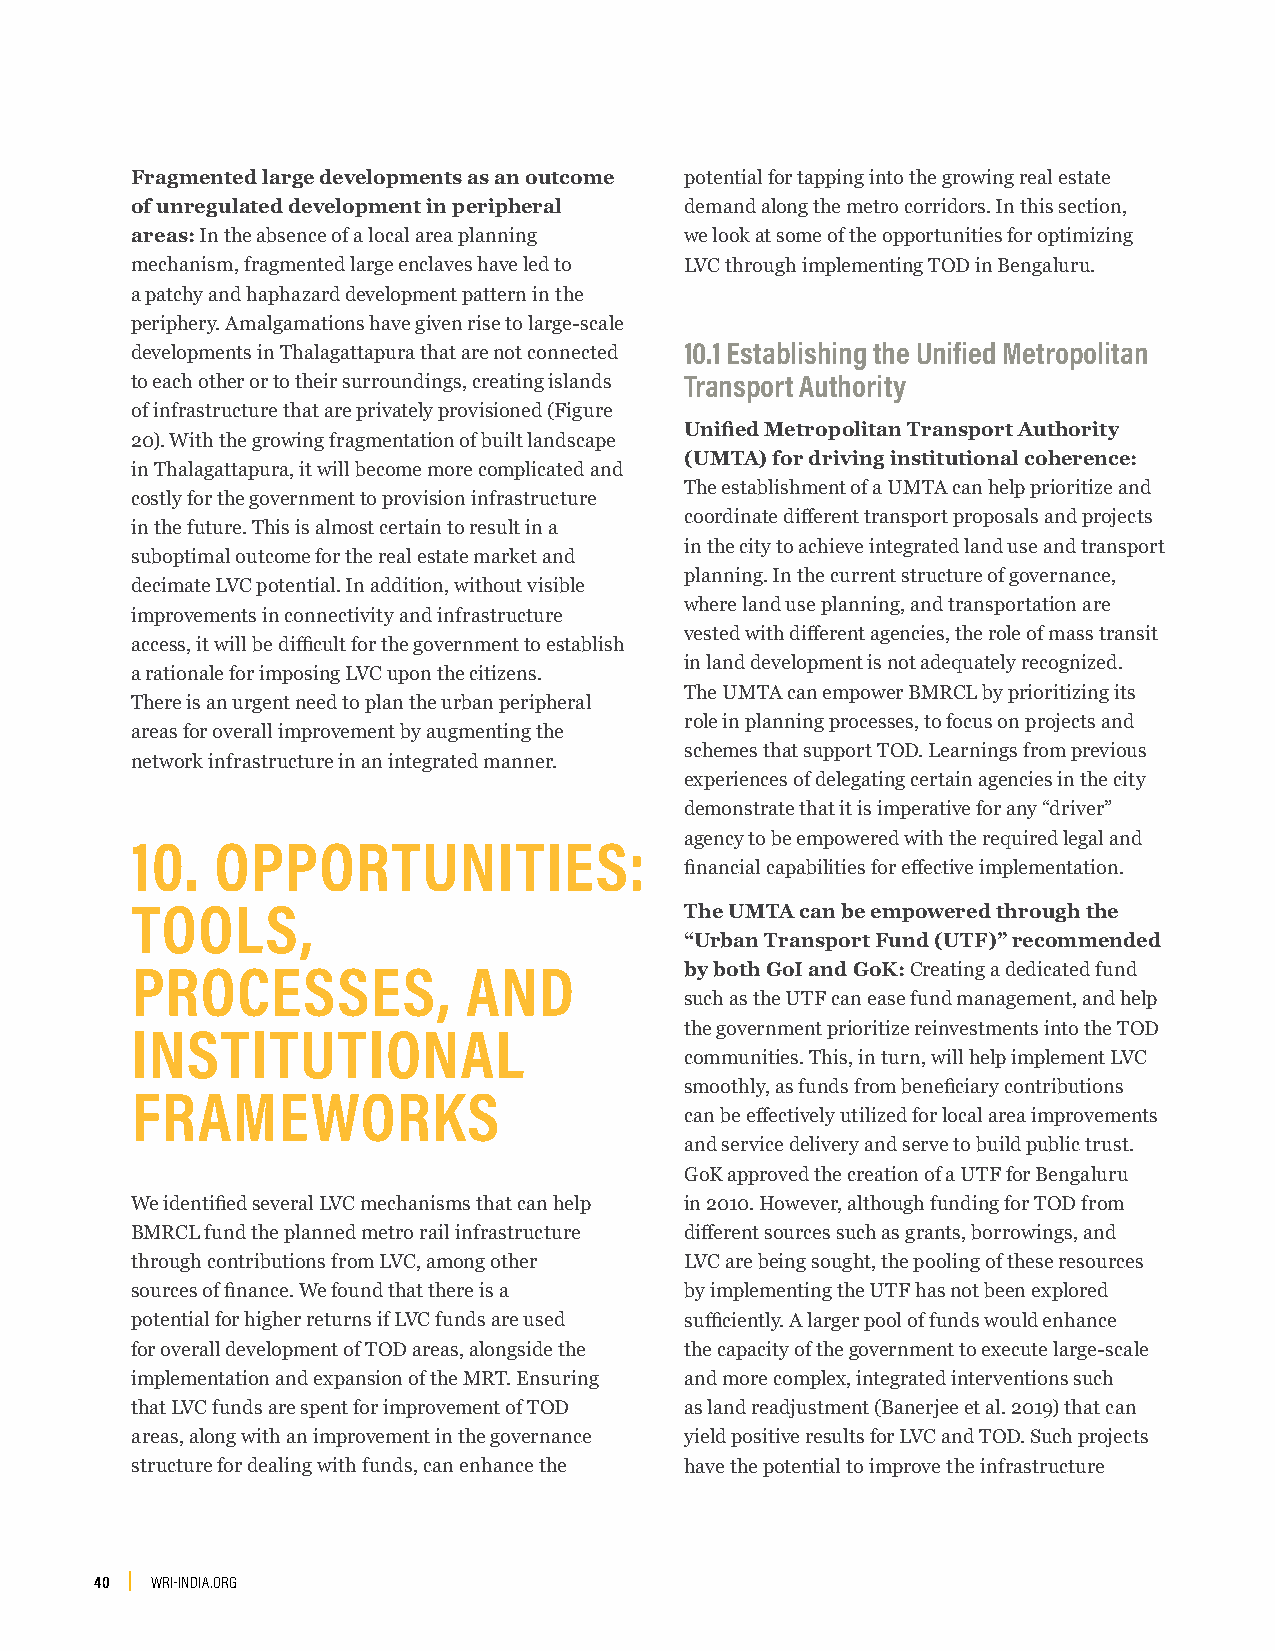
Fragmented large developments as an outcome potential for tapping into the growing real estate
 of unregulated development in peripheral demand along the metro corridors. In this section,
 areas: In the absence of a local area planning we look at some of the opportunities for optimizing
 mechanism, fragmented large enclaves have led to LVC through implementing TOD in Bengaluru.
 a patchy and haphazard development pattern in the
 periphery. Amalgamations have given rise to large-scale
 developments in Thalagattapura that are not connected 10.1 Establishing the Unified Metropolitan
 to each other or to their surroundings, creating islands Transport Authority
 of infrastructure that are privately provisioned (Figure
 Unified Metropolitan Transport Authority
 20). With the growing fragmentation of built landscape
 (UMTA) for driving institutional coherence:
 in Thalagattapura, it will become more complicated and
 The establishment of a UMTA can help prioritize and
 costly for the government to provision infrastructure
 coordinate different transport proposals and projects
 in the future. This is almost certain to result in a
 in the city to achieve integrated land use and transport
 suboptimal outcome for the real estate market and
 planning. In the current structure of governance,
 decimate LVC potential. In addition, without visible
 where land use planning, and transportation are
 improvements in connectivity and infrastructure
 vested with different agencies, the role of mass transit
 access, it will be difficult for the government to establish
 in land development is not adequately recognized.
 a rationale for imposing LVC upon the citizens.
 The UMTA can empower BMRCL by prioritizing its
 There is an urgent need to plan the urban peripheral
 role in planning processes, to focus on projects and
 areas for overall improvement by augmenting the
 schemes that support TOD. Learnings from previous
 network infrastructure in an integrated manner.
 experiences of delegating certain agencies in the city
 demonstrate that it is imperative for any “driver”
 agency to be empowered with the required legal and
 10.  OPPORTUNITIES:
 financial capabilities for effective implementation.
 TOOLS,                              The UMTA can be empowered through the
 “Urban Transport Fund (UTF)” recommended
 PROCESSES,            AND           by both GoI and GoK: Creating a dedicated fund
 such as the UTF can ease fund management, and help
 the government prioritize reinvestments into the TOD
 INSTITUTIONAL
 communities. This, in turn, will help implement LVC
 smoothly, as funds from beneficiary contributions
 FRAMEWORKS
 can be effectively utilized for local area improvements
 and service delivery and serve to build public trust.
 GoK approved the creation of a UTF for Bengaluru
 We identified several LVC mechanisms that can help in 2010. However, although funding for TOD from
 BMRCL fund the planned metro rail infrastructure different sources such as grants, borrowings, and
 through contributions from LVC, among other LVC are being sought, the pooling of these resources
 sources of finance. We found that there is a by implementing the UTF has not been explored
 potential for higher returns if LVC funds are used sufficiently. A larger pool of funds would enhance
 for overall development of TOD areas, alongside the the capacity of the government to execute large-scale
 implementation and expansion of the MRT. Ensuring and more complex, integrated interventions such
 that LVC funds are spent for improvement of TOD as land readjustment (Banerjee et al. 2019) that can
 areas, along with an improvement in the governance yield positive results for LVC and TOD. Such projects
 structure for dealing with funds, can enhance the have the potential to improve the infrastructure
 40  WRI-INDIA.ORG